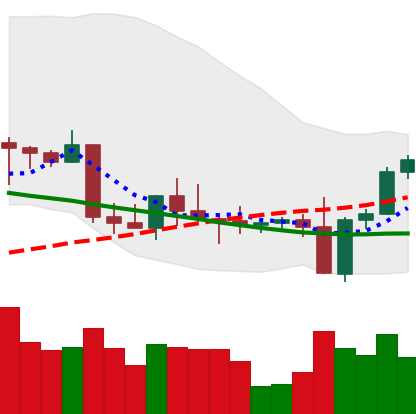
Ticker: BNB-USD
Chart end date: 2022-09-10
Forward return: -8.81%
Label: down_7plus